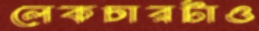
লেকচারটাও